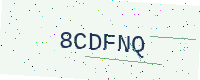
Text: 8CDFNQ